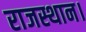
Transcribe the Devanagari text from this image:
राजस्थान।